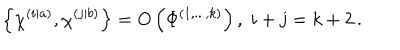
LaTeX: \left\{ \chi ^ { \left( i | a \right) } , \chi ^ { \left( j | b \right) } \right\} = O \left( \Phi ^ { \left( 1 , . . . , k \right) } \right) , \; i + j = k + 2 \, .